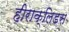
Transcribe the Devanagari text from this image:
हीराक्लिडस